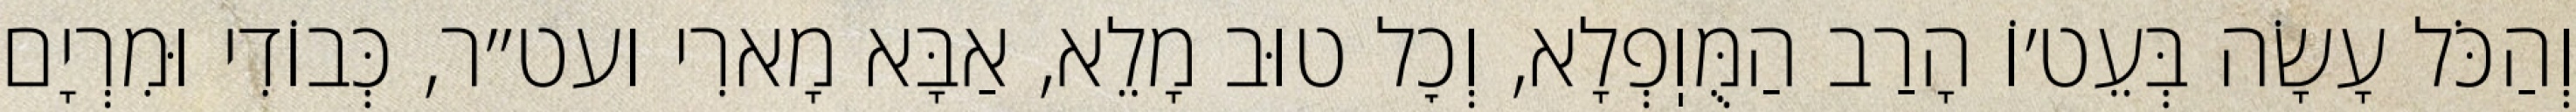
וְהַכֹּל עָשָׂה בְּעֵט׳וֹ הָרַב הַמֻּוֽפְלָא, וְכׇל טוּב מָלֵא, אַבָּא מָארִי ועט״ר, כְּבוֹדִי וּמִרְיָם